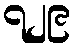
၇၂၉